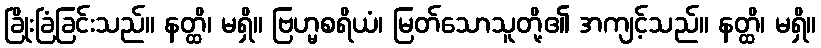
ခြိုးခြံခြင်းသည်။ နတ္ထိ၊ မရှိ။ ဗြဟ္မစရိယံ၊ မြတ်သောသူတို့၏ အကျင့်သည်။ နတ္ထိ၊ မရှိ။